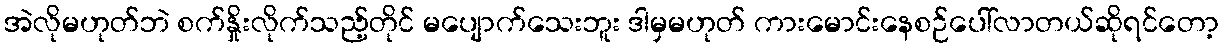
အဲလိုမဟုတ်ဘဲ စက်နှိုးလိုက်သည့်တိုင် မပျောက်သေးဘူး ဒါမှမဟုတ် ကားမောင်းနေစဉ်ပေါ်လာတယ်ဆိုရင်တော့